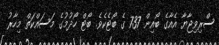
ސްރިވިޖާޔާ އެއާގެ ބޯއިން 737 ގެ ބޯޓެކެވެ. ބޯޓް ހޯދުމުގެ މަސައްކަތް މިހާރު